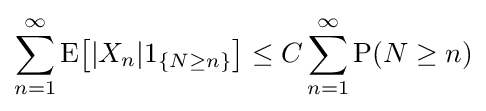
\sum _{n=1}^{\infty }\operatorname {E} \!{\bigl [}|X_{n}|1_{\{N\geq n\}}{\bigr ]}\leq C\sum _{n=1}^{\infty }\operatorname {P} (N\geq n)